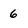
Character: 6